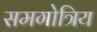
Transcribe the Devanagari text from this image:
समगोत्रिय